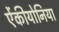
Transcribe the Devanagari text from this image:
ऐंकीयोनिया